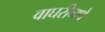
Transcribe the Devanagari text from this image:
वाघरीमधे